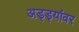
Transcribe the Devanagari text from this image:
अड्ड्यांवर